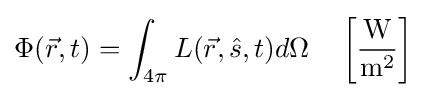
\Phi ({\vec {r}},t)=\int _{4\pi }L({\vec {r}},{\hat {s}},t)d\Omega \quad \left[{\frac {\mathrm {W} }{\mathrm {m} ^{2}}}\right]